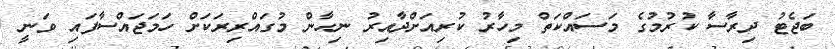
ބަޖެޓު ދިރާސާ ކުރުމުގެ މަސައްކަތް މިހާރު ކުރިއަށްދާއިރު ނިހާން މުގައްރިރަކަށް ހަމަޖައްސާފައި ވަނީ